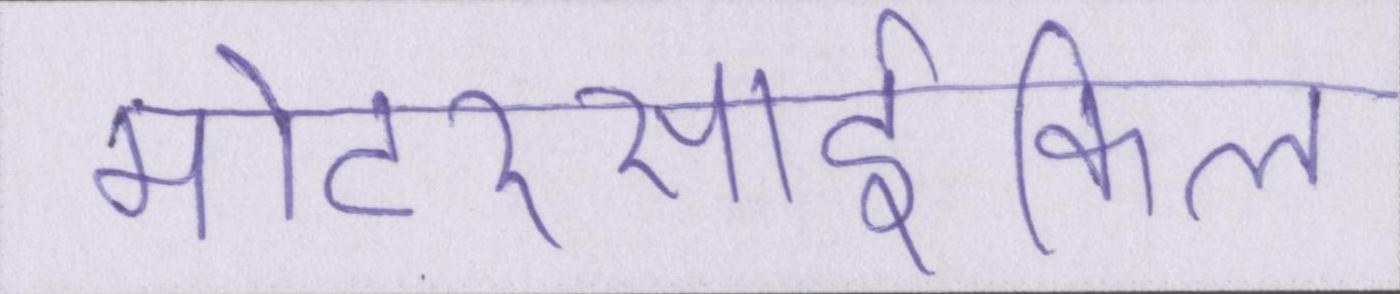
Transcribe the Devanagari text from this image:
मोटरसार्इकिल